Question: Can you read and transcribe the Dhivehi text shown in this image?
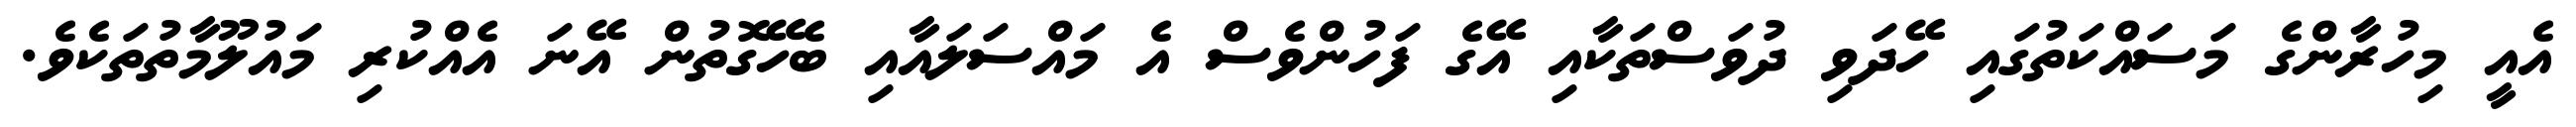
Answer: އެއީ މިހުރާންގެ މަސައްކަތުގައި ހޭދަވި ދުވަސްތަކާއި އޭގެ ފަހުންވެސް އެ މައްސަލައާއި ބެހޭގޮތުން އޭނަ އެއްކުރި މައުލޫމާތުތަކެވެ.